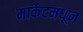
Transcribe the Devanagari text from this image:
मार्केटमधून